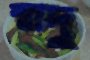
স্বাদু